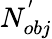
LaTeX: N_{obj}^{'}